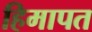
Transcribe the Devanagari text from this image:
हिमापत